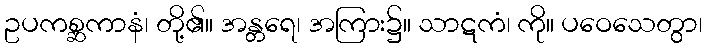
ဥပကစ္ဆကာနံ၊ တို့၏။ အန္တရေ၊ အကြား၌။ သာဋကံ၊ ကို။ ပဝေသေတွာ၊